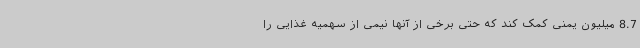
8.7 میلیون یمنی کمک کند که حتی برخی از آنها نیمی از سهمیه غذایی را